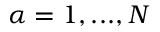
\alpha = 1 , . . . , N